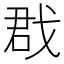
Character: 𢧃